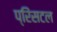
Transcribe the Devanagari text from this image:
प्रिंसटल